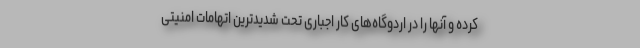
کرده و آنها را در اردوگاه‌های کار اجباری تحت شدیدترین اتهامات امنیتی